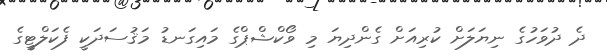
ދެ ދުވަހުގެ ނިޔަލަށް ކުރިއަށް ގެންދިޔަ މި ވޯކްޝްޕްގެ މައިގަނޑު މަޤުސަދަކީ ފެކަލްޓީގެ